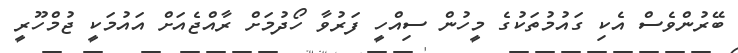
ބޭރުންވެސް އެކި ގައުމުތަކުގެ މީހުން ސިއްހީ ފަރުވާ ހޯދުމަށް ރާއްޖެއަށް އައުމަކީ ޖުމްހޫރީ